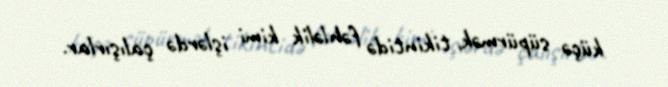
küçə süpürmək, tikintidə fəhləlik kimi işlərdə çalışırlar.